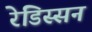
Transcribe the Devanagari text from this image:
रेडिस्सन